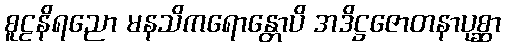
စူဠနိရညော မနသိကရောန္တောပိ အဒိဋ္ဌဇောတနာပုစ္ဆာ